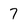
Character: 7